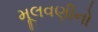
મૂલવણીનો